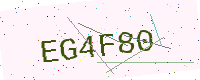
Text: EG4F80